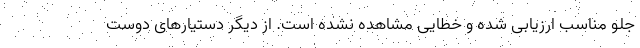
جلو مناسب ارزیابی شده و خطایی مشاهده نشده است. از دیگر دستیارهای دوست